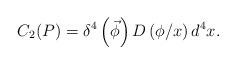
LaTeX: \begin{align*}C_2(P)=\delta ^4\left( \vec \phi \right) D\left( \phi /x\right) d^4x.\end{align*}